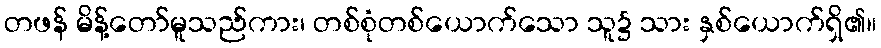
တဖန် မိန့်တော်မူသည်ကား၊ တစ်စုံတစ်ယောက်သော သူ၌ သား နှစ်ယောက်ရှိ၏။